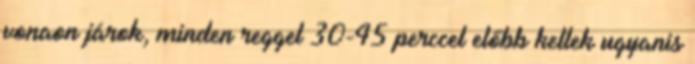
vonaon járok, minden reggel 30-45 perccel előbb kellek ugyanis